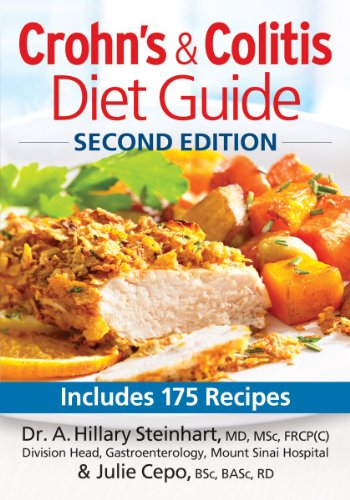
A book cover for Crohn's and Colitis Diet Guide: Includes 175 Recipes; Dr. Hillary Steinhart; Health, Fitness & Dieting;